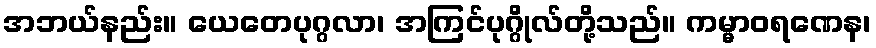
အဘယ်နည်း။ ယေတေပုဂ္ဂလာ၊ အကြင်ပုဂ္ဂိုလ်တို့သည်။ ကမ္မာဝရဏေန၊